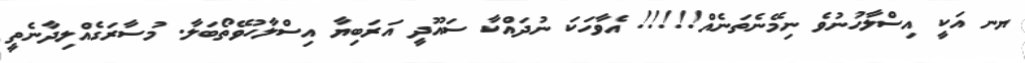
ޔނ އަކީ އިސްލާހުނުވެ ނިމޭނެތަނެއް!!!!! އެވާހަކަ ނުދައްކާ ސައޫދީ އަރަބިޔާ އިސްލާހުވޭތޯބަލާ. މުސާރަގެއްލިދާނެތީ